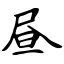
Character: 昼